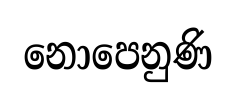
නොපෙනුණි